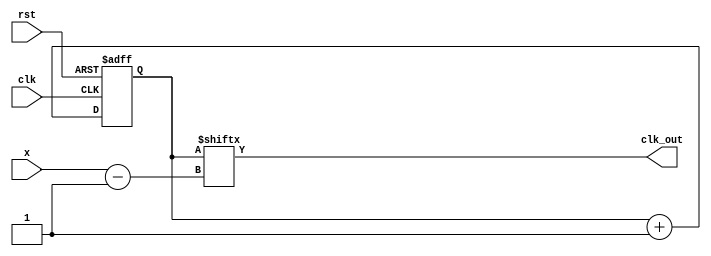

module lab10_2_frequency_divider(
input rst,
input clk,
input [30:0]x,
output clk_out
);
reg [30:0]cnt;
    
    always @(posedge clk or posedge rst) begin
        if(rst)begin
            cnt <= 0;
        end
        else begin
            cnt <= cnt + 1;
        end
    end
    
assign clk_out = cnt[x-1];

endmodule